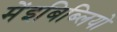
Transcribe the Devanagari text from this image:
मेंइबिब्लियो